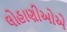
લોહાણીઓએ